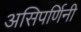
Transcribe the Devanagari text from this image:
असिपर्णिनी